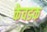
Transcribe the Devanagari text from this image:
केवडक